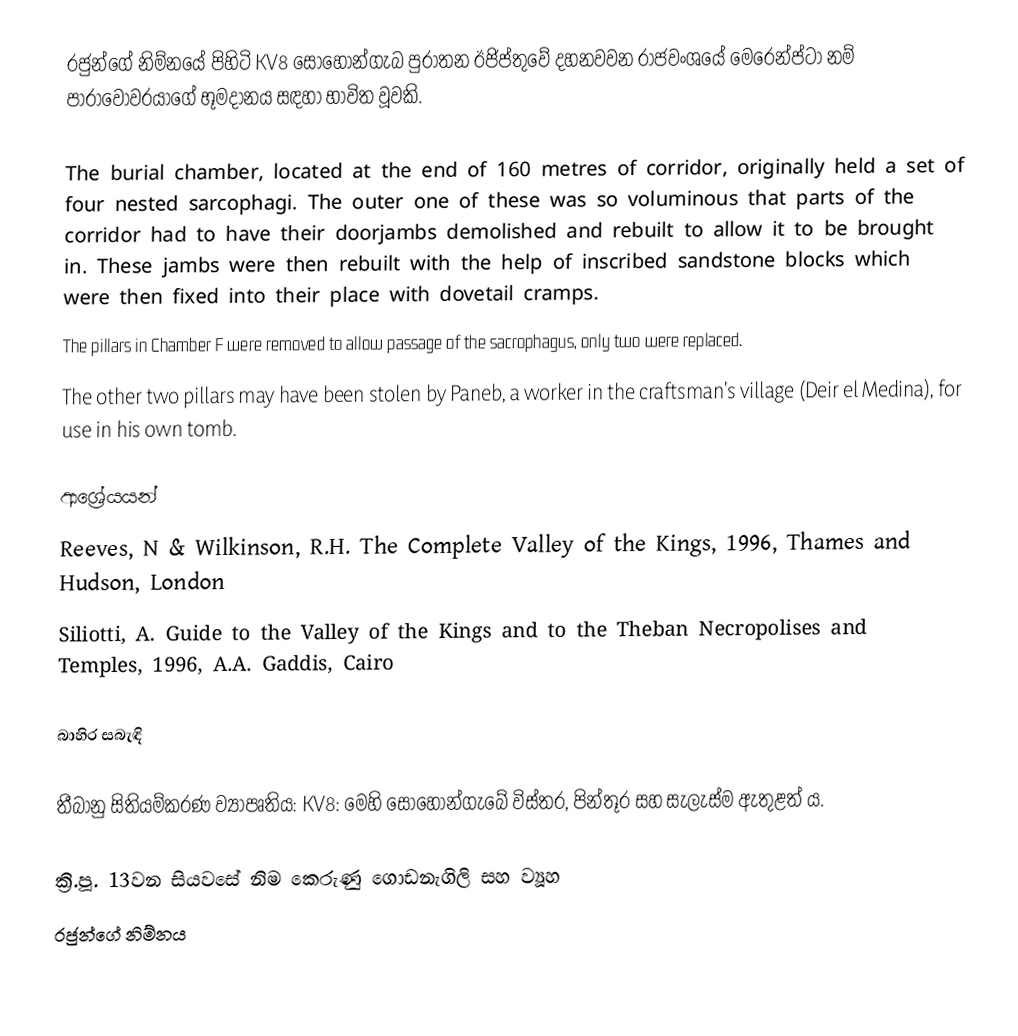
රජුන්ගේ නිම්නයේ පිහිටි KV8 සොහොන්ගැබ පුරාතන ඊජිප්තුවේ දහනවවන රාජවංශයේ මෙරෙන්ප්ටා නම් පාරාවෝවරයාගේ භූමදානය සඳහා භාවිත වූවකි.

The burial chamber, located at the end of 160 metres of corridor, originally held a set of four nested sarcophagi. The outer one of these was so voluminous that parts of the corridor had to have their doorjambs demolished and rebuilt to allow it to be brought in. These jambs were then rebuilt with the help of inscribed sandstone blocks which were then fixed into their place with dovetail cramps.
The pillars in Chamber F were removed to allow passage of the sacrophagus, only two were replaced.
The other two pillars may have been stolen by Paneb, a worker in the craftsman's village (Deir el Medina), for use in his own tomb.

ආශ්‍රේයයන්
 Reeves, N & Wilkinson, R.H. The Complete Valley of the Kings, 1996, Thames and Hudson, London
 Siliotti, A. Guide to the Valley of the Kings and to the Theban Necropolises and Temples, 1996, A.A. Gaddis, Cairo

බාහිර සබැඳි

තීබානු සිතියම්කරණ ව්‍යාපෘතිය: KV8: මෙහි සොහොන්ගැබේ විස්තර, පින්තූර සහ සැලැස්ම ඇතුළත් ය.

ක්‍රි.පූ. 13වන සියවසේ නිම කෙරුණු ගොඩනැගිලි සහ ව්‍යූහ
රජුන්ගේ නිම්නය